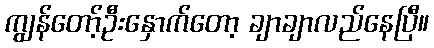
ကျွန်တော့်ဦးနှောက်တော့ ချာချာလည်နေပြီ။